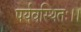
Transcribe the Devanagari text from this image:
पर्यवस्थितः।।